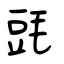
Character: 毭